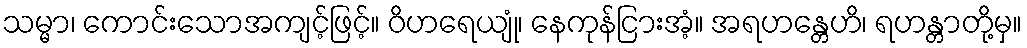
သမ္မာ၊ ကောင်းသောအကျင့်ဖြင့်။ ဝိဟရေယျုံ၊ နေကုန်ငြားအံ့။ အရဟန္တေဟိ၊ ရဟန္တာတို့မှ။